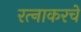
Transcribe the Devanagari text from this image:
रत्‍नाकरचे